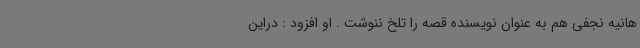
هانیه نجفی هم به عنوان نویسنده قصه را تلخ ننوشت . او افزود : دراین